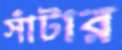
সাঁটার